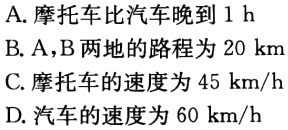
A. 摩托车比汽车晚到 1 h
B. A，B 两地的路程为 20 km
C. 摩托车的速度为 45 km/h
D. 汽车的速度为 60 km/h